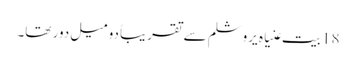
18 بیت عنیاہ یروشلم سے تقریباً دو میل دور تھا۔